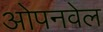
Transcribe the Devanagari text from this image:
ओपनवेल